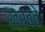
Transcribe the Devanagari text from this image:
खरबवे